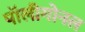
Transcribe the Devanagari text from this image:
पॉलीगोनल